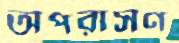
অপরাসণ